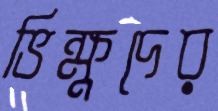
ভিক্ষুদের